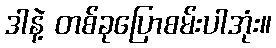
ဒါနဲ့ တစ်ခုပြောစမ်းပါအုံး။